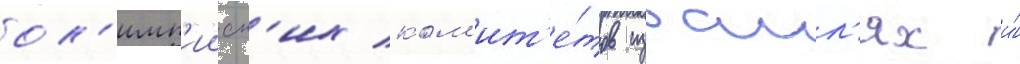
ол'имп'ииск'их ком'ит'е́тов израил'ях и́